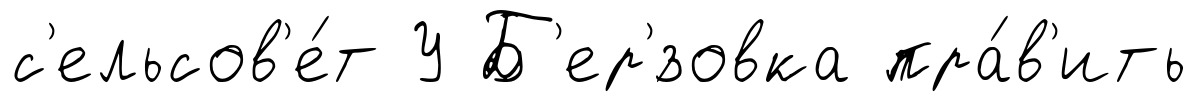
с'ельсов'е́т У Б'ер'́зовка пра́в'ить